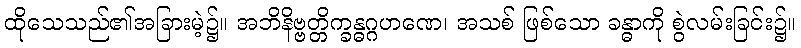
ထိုသေသည်၏အခြားမဲ့၌။ အဘိနိဗ္ဗတ္တိက္ခန္ဓဂ္ဂဟဏေ၊ အသစ် ဖြစ်သော ခန္ဓာကို စွဲလမ်းခြင်း၌။